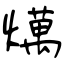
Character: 燤